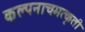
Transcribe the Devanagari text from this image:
कल्पनाचमत्कृती